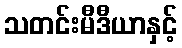
သတင်းမီဒီယာနှင့်